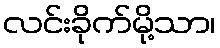
လင်းခိုက်မို့သာ၊